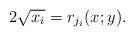
LaTeX: \begin{align*} 2\sqrt{x_i}=r_{j_i}(x;y).\end{align*}